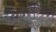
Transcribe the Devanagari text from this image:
पारलैंगिकता